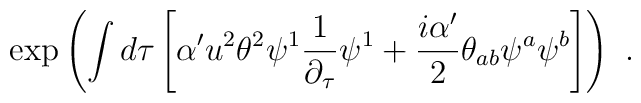
\exp\left(\int d\tau\left[\alpha'u^2\theta^2\psi^1\frac{1}{\partial_{\tau}}\psi^1 +\frac{i\alpha'}{2}\theta_{ab}\psi^a\psi^b\right]\right) \ .